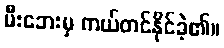
မီးဘေးမှ ကယ်တင်နိုင်ခဲ့၏။